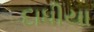
દાધીયા